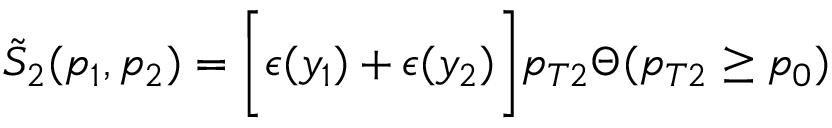
\tilde { S } _ { 2 } ( p _ { 1 } , p _ { 2 } ) = \bigg [ \epsilon ( y _ { 1 } ) + \epsilon ( y _ { 2 } ) \bigg ] p _ { T 2 } \Theta ( p _ { T 2 } \ge p _ { 0 } )